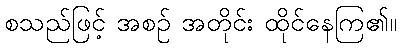
စသည်ဖြင့် အစဉ် အတိုင်း ထိုင်နေကြ၏။